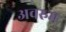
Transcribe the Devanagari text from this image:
अवरुम